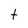
Character: t